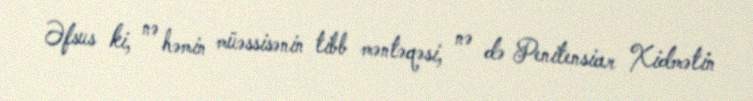
Əfsus ki, nə həmin müəssisənin tibb məntəqəsi, nə də Penitensiar Xidmətin